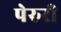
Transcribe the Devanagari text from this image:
पेरुरी